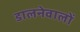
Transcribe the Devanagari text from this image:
डालनेवालों